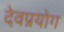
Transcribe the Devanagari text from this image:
देवप्रयोग